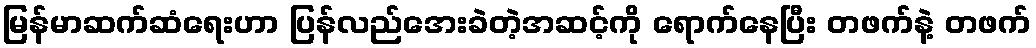
မြန်မာဆက်ဆံရေးဟာ ပြန်လည်အေးခဲတဲ့အဆင့်ကို ရောက်နေပြီး တဖက်နဲ့ တဖက်